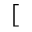
[